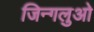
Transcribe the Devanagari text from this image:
जिन्गलुओ